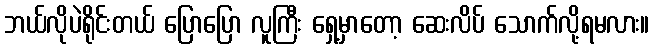
ဘယ်လိုပဲရိုင်းတယ် ပြောပြော လူကြီး ရှေ့မှာတော့ ဆေးလိပ် သောက်လို့ရမလား။